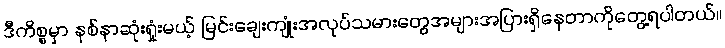
ဒီကိစ္စမှာ နစ်နာဆုံးရှုံးမယ့် မြင်းချေးကျုံးအလုပ်သမားတွေအများအပြားရှိနေတာကိုတွေ့ရပါတယ်။